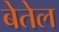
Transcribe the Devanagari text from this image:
बेतेल